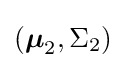
({\boldsymbol {\mu }}_{2},\Sigma _{2})